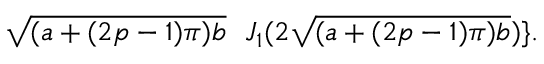
\sqrt { ( a + ( 2 p - 1 ) \pi ) b } \ \ J _ { 1 } ( 2 \sqrt { ( a + ( 2 p - 1 ) \pi ) b } ) \} .